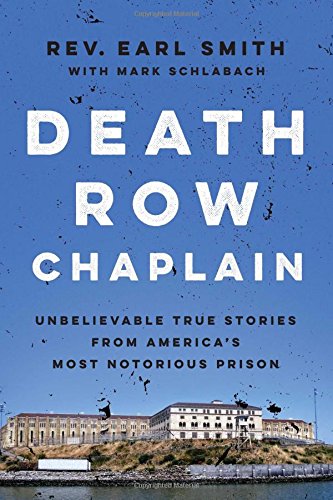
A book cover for Death Row Chaplain: Unbelievable True Stories from America's Most Notorious Prison; Rev. Earl Smith; Biographies & Memoirs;